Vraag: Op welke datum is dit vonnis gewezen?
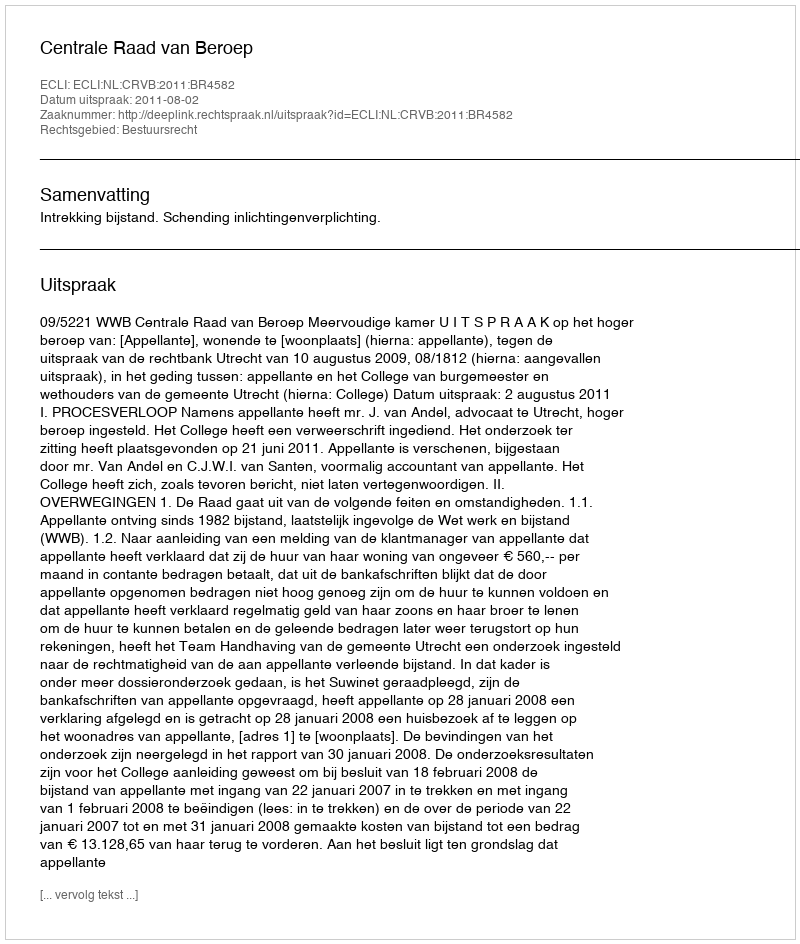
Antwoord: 2011-08-02